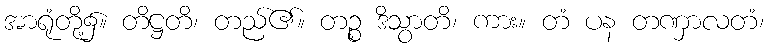
အာရုံတို့၌။ တိဋ္ဌတိ၊ တည်၏။ တဉ္စ ဒိသွာတိ၊ ကား။ တံ ပန တဏှာလတံ၊